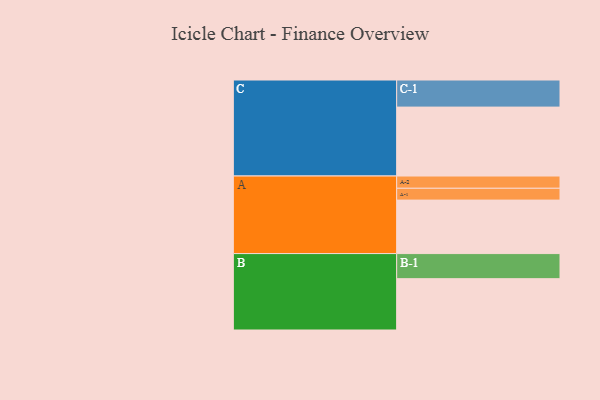
{"axis": {"x": "Segment", "y": "Value"}, "legend": ["", "A", "B", "C"], "data": [{"x": "A", "y": 371, "type": ""}, {"x": "B", "y": 356, "type": ""}, {"x": "C", "y": 478, "type": ""}, {"x": "A-1", "y": 82, "type": "A"}, {"x": "A-2", "y": 85, "type": "A"}, {"x": "B-1", "y": 174, "type": "B"}, {"x": "C-1", "y": 188, "type": "C"}]}